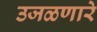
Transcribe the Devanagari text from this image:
उजळणारे